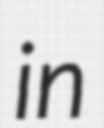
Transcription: in